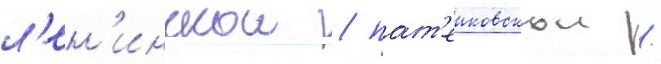
л'ен'инскои / пат'еиковскои /